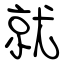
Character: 就